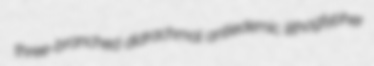
three-branched didrachmal antiedemic lithoglypher